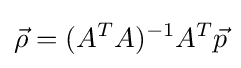
{\vec {\rho }}=(A^{T}A)^{-1}A^{T}{\vec {p}}